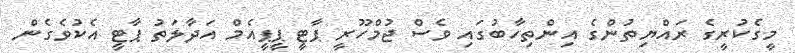
މީގެކުރީގެ ރައްޔިތުންގެ އިންތިހާބުގައި ވެސް ޖުމްހޫރީ ޕާޓީ ޕީޕީއެމް އަދާލަތު ޕާޓީ އެކުވެގެން